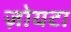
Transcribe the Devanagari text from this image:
ज़ोयटा